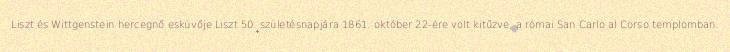
Liszt és Wittgenstein hercegnő esküvője Liszt 50. születésnapjára 1861. október 22-ére volt kitűzve, a római San Carlo al Corso templomban.